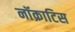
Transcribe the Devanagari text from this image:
नॉक्राटिस